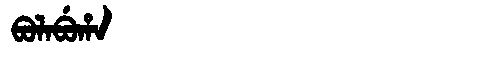
Manchu: ᠪᠣᠯᠠᠪᡠᡥᠠ
Romanization: BOLABUHA